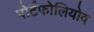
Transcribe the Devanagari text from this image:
पोर्टफोलियोव